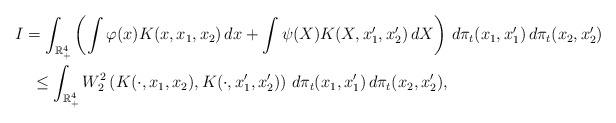
LaTeX: \begin{align*}&I = \int_{\mathbb R_+^4} \left(\int \varphi(x)K(x,x_1,x_2)\,dx+\int \psi(X)K(X,x_1',x_2')\,dX\right) \,d\pi_t(x_1,x_1')\,d\pi_t(x_2,x_2')\\&\quad\leq \int_{\mathbb R_+^4} W_2^2\left(K(\cdot,x_1,x_2),K(\cdot,x_1',x_2')\right) \,d\pi_t(x_1,x_1')\,d\pi_t(x_2,x_2'),\end{align*}